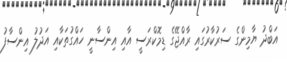
އަބްދު ޔާމިންގެ ސަރުކާރުގައި ރާއްޖޭގެ ޑިމޮކްރަސީ އާއި އިންސާނީ ހައްގުތަކާއި އަދުލު އިންސާފު